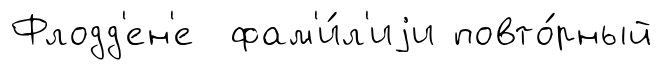
Флодд'ен'е фам'и́л'иjи повто́рный